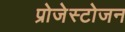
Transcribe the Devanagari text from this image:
प्रोजेस्टोजन